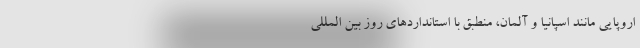
اروپایی مانند اسپانیا و آلمان، منطبق با استانداردهای روز بین المللی